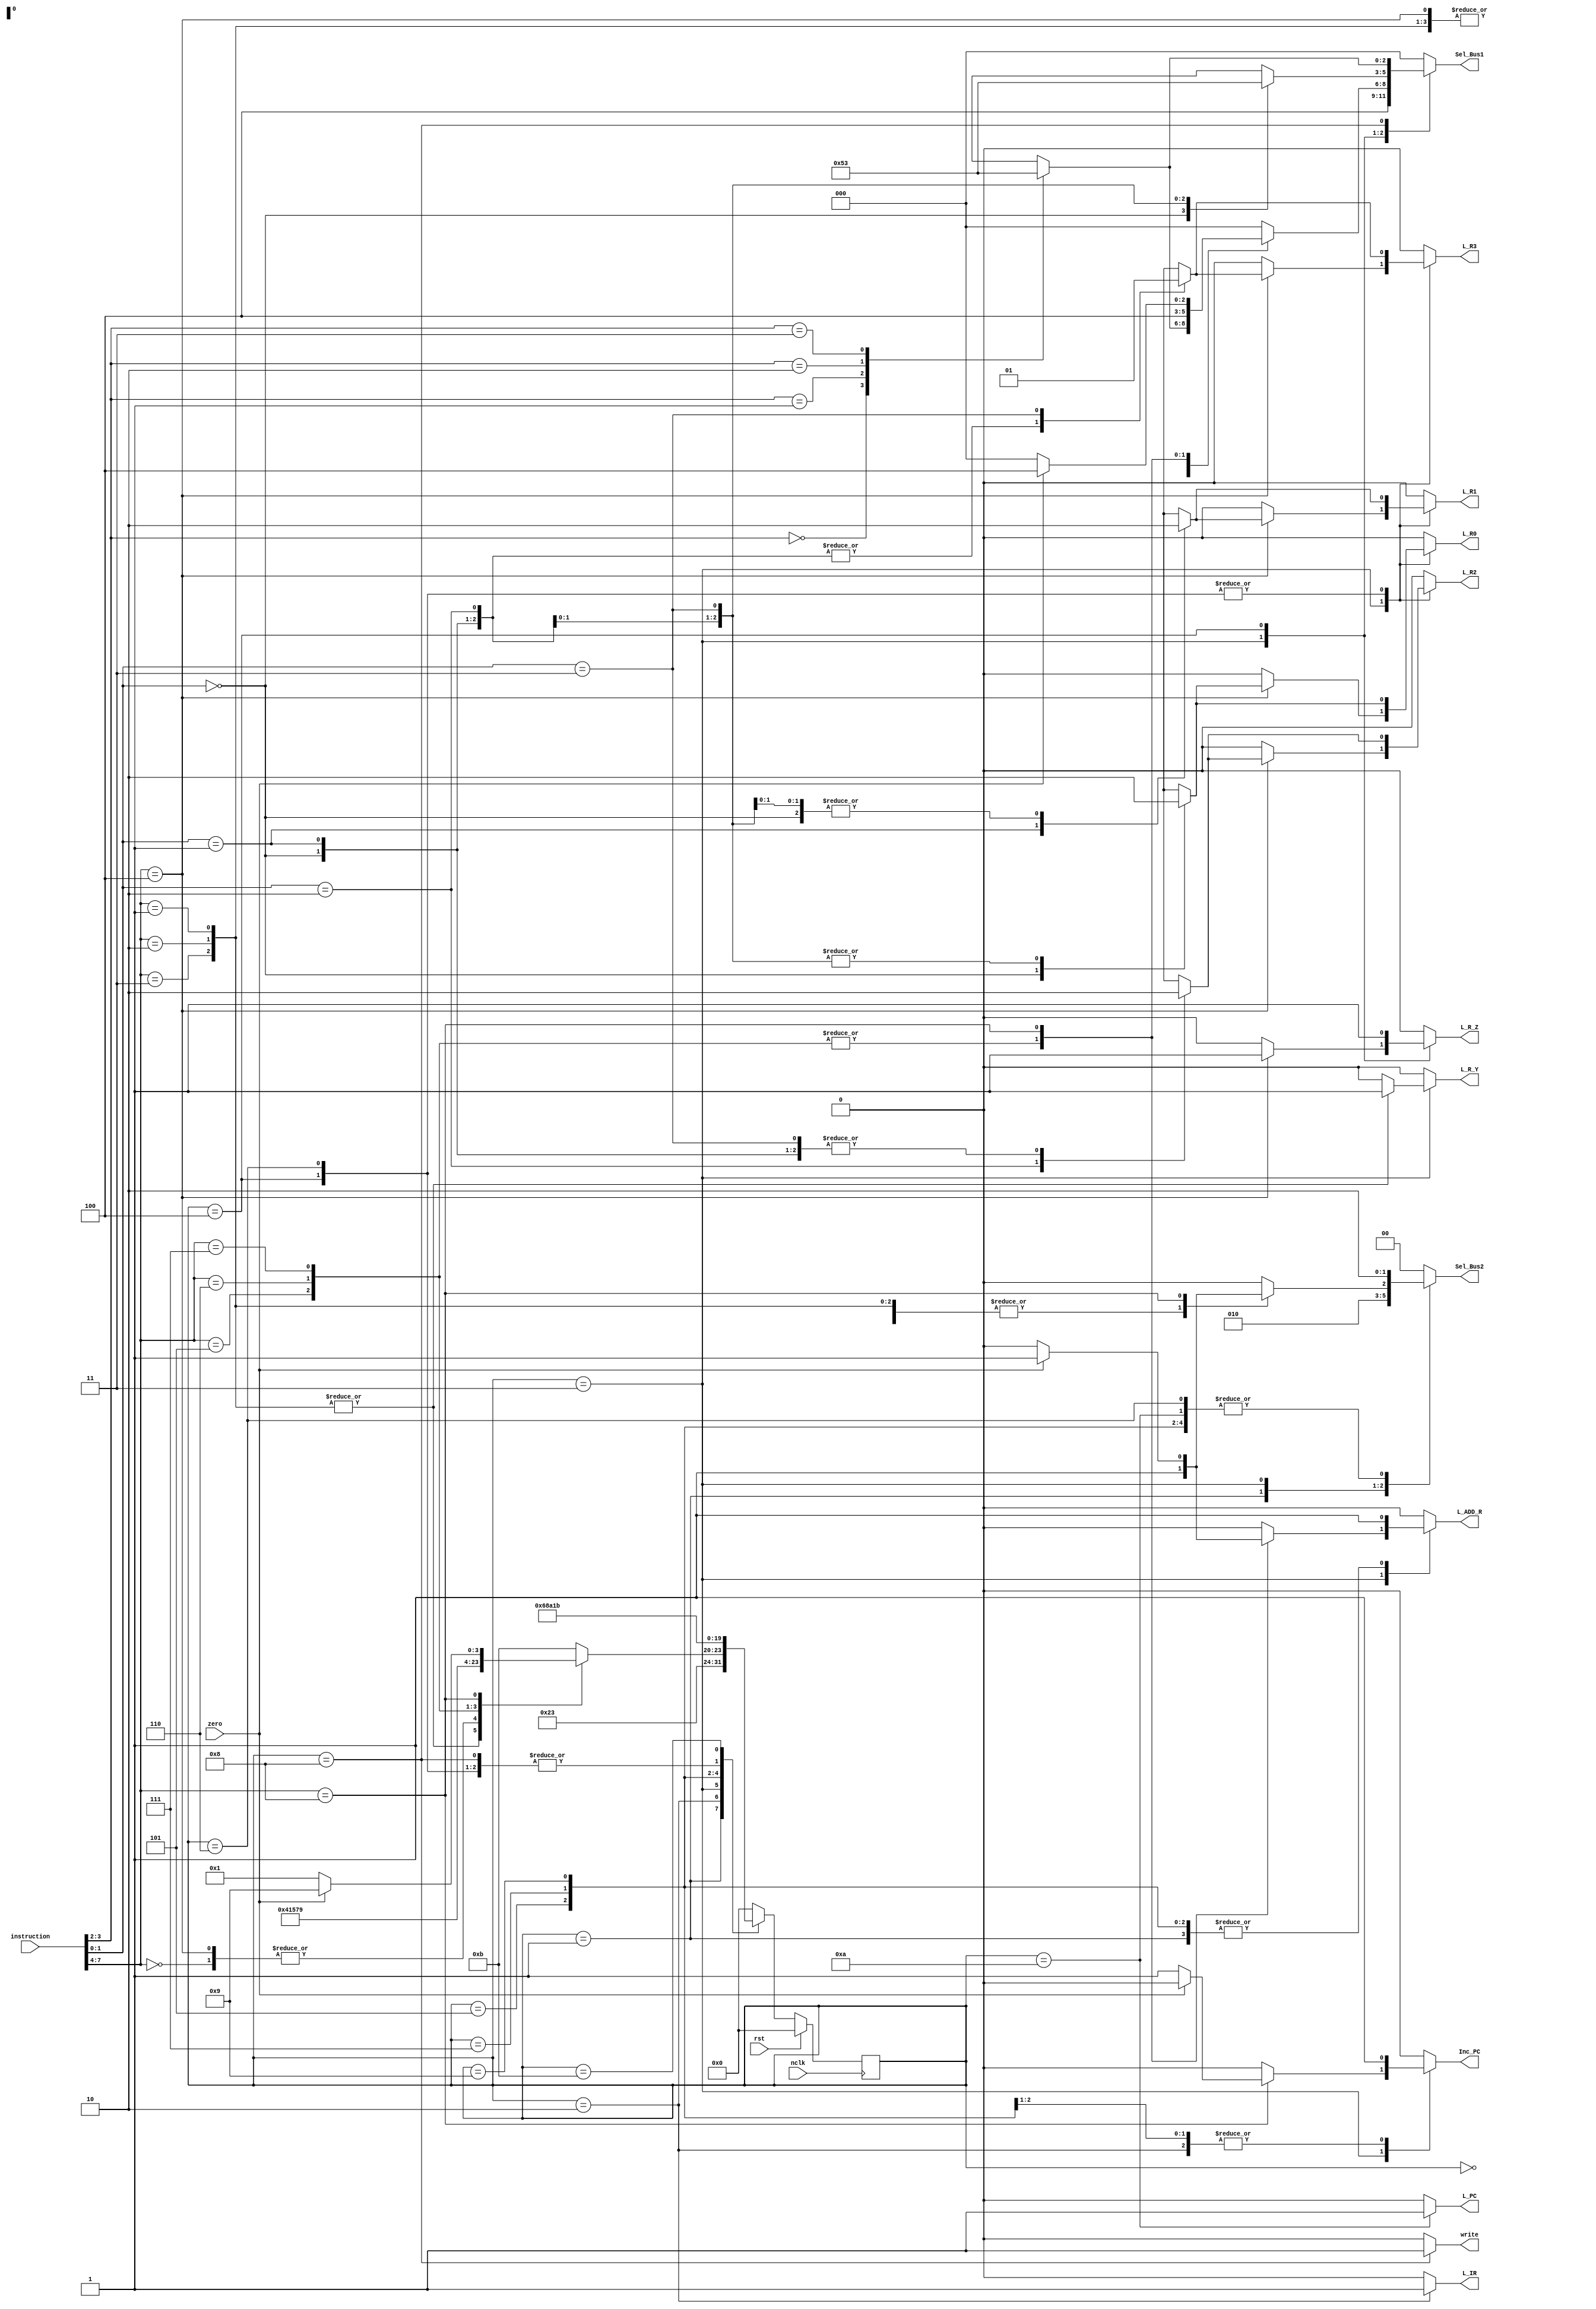
// This program was cloned from: https://github.com/lnis-uofu/OpenFPGA
// License: MIT License

module Controller(L_R0,L_R1,L_R2,L_R3,L_PC,Inc_PC,
Sel_Bus1,L_IR,L_ADD_R,L_R_Y,L_R_Z,Sel_Bus2,write,
zero,instruction,nclk,rst);


//
parameter	S_idle=0,S_fet1=1,S_fet2=2,S_dec=3,
			S_ex1=4,S_rd1=5,S_rd2=6,S_wr1=7,S_wr2=8,
			S_br1=9,S_br2=10,S_halt=11;
//
parameter	NOP=0,ADD=1,SUB=2,AND=3,NOT=4,
			RD=5,WR=6,BR=7,BRZ=8;


output reg	L_R0,L_R1,L_R2,L_R3,L_PC,Inc_PC,
			L_IR,L_ADD_R,L_R_Y,L_R_Z,write;
output	reg[2:0]Sel_Bus1;
output	reg [1:0]Sel_Bus2;

input	zero,nclk,rst;
input	[7:0]instruction;

reg	[15:0]Con_out;
reg	[3:0]PS,NS;
reg	err_flag;

wire [1:0]src=instruction[3:2];
wire [1:0]dest=instruction[1:0];
wire [3:0]opcode=instruction[7:4];

always@(posedge nclk)
	begin
		if(rst==1)PS<=0;
		else PS<=NS;
	end

always@(PS,opcode,src,dest,zero)
	begin
	L_R0=0;
	L_R1=0;
	L_R2=0;
	L_R3=0;
	L_PC=0;
	Inc_PC=0;
	Sel_Bus1=0;
	L_IR=0;
	L_ADD_R=0;
	L_R_Y=0;
	L_R_Z=0;
	Sel_Bus2=0;
	write=0;
	err_flag=0;
		case(PS)
			S_idle:		NS=S_fet1;
			
			S_fet1:		begin
						 NS=S_fet2;
						 Sel_Bus1=3'b100;//Sel_PC
						 Sel_Bus2=2'b01;//Sel_Bus1	
						 L_ADD_R=1;
						end
						
			S_fet2:		begin
						 NS=S_dec;
						 Sel_Bus2=2'b10;//Sel_Mem
						 L_IR=1;
						 Inc_PC=1;
						end
						
			S_dec:		begin
						case(opcode)
							NOP:NS=S_fet1;							
							ADD,SUB,AND:begin
								NS=S_ex1;
								Sel_Bus2=2'b01;//Sel_Bus1
								L_R_Y=1;
								case(src)
									0:		Sel_Bus1=3'b000;//R0
									1:		Sel_Bus1=3'b001;//R1
									2:		Sel_Bus1=3'b010;//R2
									3:		Sel_Bus1=3'b011;//R3
									default	err_flag=1;
								endcase
								end//ADD,SUB,AND
								
							NOT:begin
								NS=S_fet1;
								L_R_Z=1;
								Sel_Bus2=2'b00;//Sel_ALU
								case(src)
									0:		Sel_Bus1=3'b000;//R0
									1:		Sel_Bus1=3'b001;//R1
									2:		Sel_Bus1=3'b010;//R2
									3:		Sel_Bus1=3'b011;//R3
									default	err_flag=1;
								endcase
								case(dest)
									0:		L_R0=1;
									1:		L_R1=1;
									2:		L_R2=1;
									3:		L_R3=1;
									default	err_flag=1;
								endcase		
								end//NOT
								
							RD:	begin
								NS=S_rd1;
								Sel_Bus1=3'b100;//Sel_PC
								Sel_Bus2=3'b001;//Sel_Bus1
								L_ADD_R=1;
								end//RD
							
							WR:	begin
								NS=S_wr1;
								Sel_Bus1=3'b100;//Sel_PC
								Sel_Bus2=3'b001;//Sel_Bus1
								L_ADD_R=1;
								end//WR

							BR: begin
								NS=S_br1;
								Sel_Bus1=3'b100;//Sel_PC
								Sel_Bus2=3'b001;//Sel_Bus1
								L_ADD_R=1;
								end//BR
							
							BRZ:begin
								 if(zero==1)begin
									NS=S_br1;
									Sel_Bus1=3'b100;//Sel_PC
									Sel_Bus2=3'b001;//Sel_Bus1
									L_ADD_R=1;
								 end
								 else begin
									NS=S_fet1;
									Inc_PC=1;
								 end
								end//BRZ
								 
							default	NS=S_halt;
				 
						endcase//opcode
						end
				
			S_ex1:		begin
						 NS=S_fet1;
						 L_R_Z=1;
						 Sel_Bus2=2'b00;//Sel_ALU
						 case(dest)
							0:	begin Sel_Bus1=3'b000;L_R0=1;end
							1:	begin Sel_Bus1=3'b001;L_R1=1;end
							2:	begin Sel_Bus1=3'b010;L_R2=1;end
							3:	begin Sel_Bus1=3'b011;L_R3=1;end
							default	err_flag=1;
						 endcase		
						end	
			
			S_rd1:		begin
						 NS=S_rd2;						 						 
						 Inc_PC=1;
						 Sel_Bus2=2'b10;//Sel_Mem
						 L_ADD_R=1;
						end
						
			S_wr1:		begin
						 NS=S_wr2;
						 Inc_PC=1;
						 Sel_Bus2=2'b10;//Sel_Mem
						 L_ADD_R=1;
						end
						
			S_rd2:		begin
						 NS=S_fet1;
						 Sel_Bus2=2'b10;//Sel_Mem
						 case(dest)
							0:		L_R0=1;
							1:		L_R1=1;
							2:		L_R2=1;
							3:		L_R3=1;
							default	err_flag=1;
						 endcase
						end
						
			S_wr2:		begin
						 NS=S_fet1;
						 write=1;
						 case(src)
							0:		Sel_Bus1=3'b000;//R0
							1:		Sel_Bus1=3'b001;//R1
							2:		Sel_Bus1=3'b010;//R2
							3:		Sel_Bus1=3'b011;//R3
							default	err_flag=1;
						 endcase	
						end
			
			S_br1:		begin
						 NS=S_br2;
						 Sel_Bus2=2'b10;//Sel_Mem	
						 L_ADD_R=1;
						end
						
			S_br2:		begin	
						 NS=S_fet1;
						 Sel_Bus2=2'b10;//Sel_Mem 
						 L_PC=1;
						end
			S_halt:		NS=S_halt;
			default		NS=S_idle;
		endcase								 
	end
endmodule